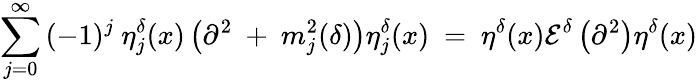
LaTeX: \sum_{j=0}^{\infty}{(-1)^{j}}\ {\eta}_{j}^{\delta}(x)\left({\partial}^{2}\ +\ m_{j}^{2}(\delta)\right){\eta}_{j}^{\delta}(x)\ =\ \eta^{\delta}(x){\cal E}^{\delta}\left({\partial}^{2}\right)\eta^{\delta}(x)